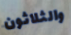
والثلاثون